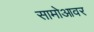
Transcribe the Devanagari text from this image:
सामोआवर